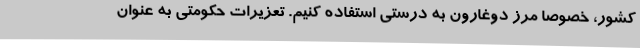
کشور، خصوصا مرز دوغارون به درستی استفاده کنیم. تعزیرات حکومتی به عنوان